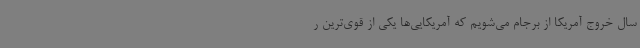
سال خروج آمریکا از برجام می‌شویم که آمریکایی‌ها یکی از قوی‌ترین ر